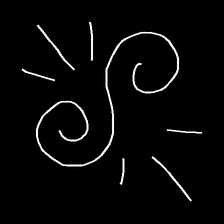
Glyph: wind-directs-air